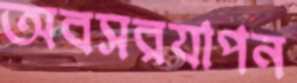
অবসরযাপন